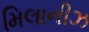
મિલાનીઝ